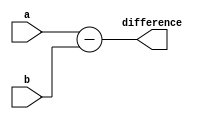
module subtractor(
    input [3:0] a,
    input [3:0] b,
    output reg [3:0] difference
);

assign difference = a - b;

endmodule